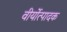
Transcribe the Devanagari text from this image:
वीर्योत्पादक